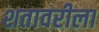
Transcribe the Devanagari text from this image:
शतावरीला